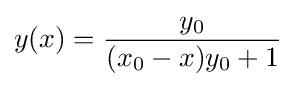
y(x)={\frac {y_{0}}{(x_{0}-x)y_{0}+1}}